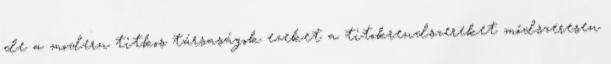
de a mo­­dern titkos tár­saságok ezeket a titokrendszereket módszeresen